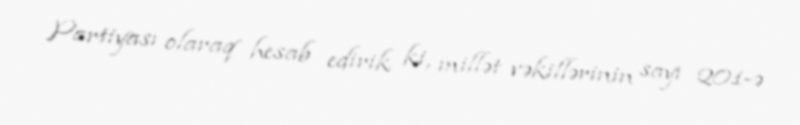
Partiyası olaraq hesab edirik ki, millət vəkillərinin sayı 201-ə